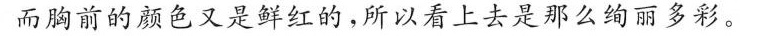
而胸前的颜色又是鲜红的，所以看上去是那么绚丽多彩。